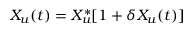
X _ { u } ( t ) = X _ { u } ^ { * } [ 1 + \delta X _ { u } ( t ) ]